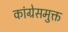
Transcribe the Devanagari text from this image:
कांग्रेसमुक्त